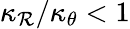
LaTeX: \kappa_{\mathcal{R}}/\kappa_{\theta}<1